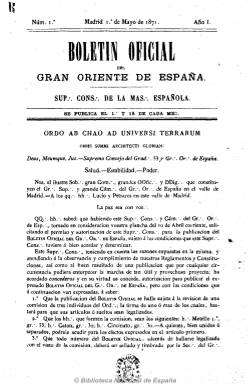
Título: Boletín oficial del Gran Oriente de España
Colección: Masonería
Ámbito geográfico: Madrid
Lugar de publicación: Madrid
Fechas: 01/05/1871-01/12/1873

Primera publicación periódica masónica española, que nace al calor de la libertad de expresión promulgada por la revolución septembrina y tras ser proclamado, en 1870, Manuel Ruiz Zorrilla, presidente del Congreso de los Diputados, gran maestre y gran comendador del Gran Oriente de España.

Sus contenidos tenían que recibir el visto bueno de tres miembros elegidos para ello y la revista tenía que ser sellada, de lo contrario podría ser considerada “apócrifa y desautorizada”. Utilizaba los nombres simbólicos de los masones que citaba o las abreviaturas de sus nombres verdaderos, así como la de sus órganos y palabras simbólicas. Así, se subtitulaba “sup. cons. de la mas. española”, es decir, Supremo Consejo de la masonería española. Su director era “Moisés” y sus redactores “Lucio” y Petrarca”. Salía de la imprenta de Julián Peña, que también era masón.

De entre ocho y 15 páginas, era de periodicidad quincenal (aparecía los días 1 y 15 de cada mes). Incluía informaciones sobre las actividades del Gran Oriente de España y de sus miembros, el desarrollo de la masonería en España y sus relaciones con los acontecimientos políticos, artículos sobre la historia de la masonería y de otras organizaciones del mismo carácter en otros países. Llegó a tener secciones fijas, como la “oficial” o la de “noticias”.

El 15 diciembre de 1873 se suspende su publicación “por motivos económicos”, al mismo tiempo que Práxedes Mateo Sagasta es proclamado gran maestre del Gran Oriente de España, y sea continuada en esa misma fecha por el Boletín de la masonería simbólica del Gran Oriente de España (1873-1874). Su logotipo no aparece ni el primer ni en el último número que edita. Al final de cada tomo incluye un índice de sumarios.